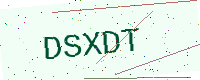
Text: DSXDT